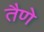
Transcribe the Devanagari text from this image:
तैणे